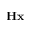
\mathbf { H x }